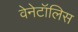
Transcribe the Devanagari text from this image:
वेनेटॉलिस